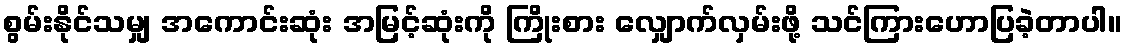
စွမ်းနိုင်သမျှ အကောင်းဆုံး အမြင့်ဆုံးကို ကြိုးစား လျှောက်လှမ်းဖို့ သင်ကြားဟောပြခဲ့တာပါ။